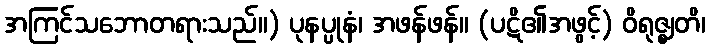
အကြင်သဘောတရားသည်။) ပုနပ္ပုနံ၊ အဖန်ဖန်။ (ပဋိ၏အဖွင့်) ဝိရုဇ္ဈတိ၊